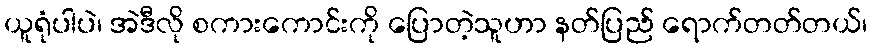
ယူရုံပါပဲ၊ အဲဒီလို စကားကောင်းကို ပြောတဲ့သူဟာ နတ်ပြည် ရောက်တတ်တယ်၊